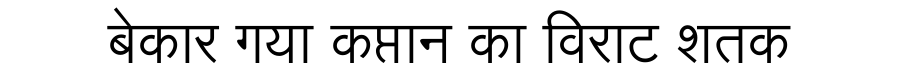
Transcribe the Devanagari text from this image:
बेकार गया कप्तान का विराट शतक